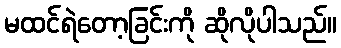
မထင်ရဲတော့ခြင်းကို ဆိုလိုပါသည်။